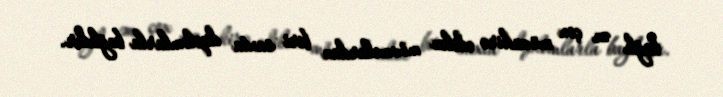
bağlı ən çox müzakirə edilən mövzulardan biri saxta diplomlarla bağlıdır.